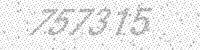
Solution: 757315